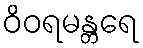
ဝိဝရမန္တရေ